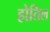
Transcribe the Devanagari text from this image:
होतिल